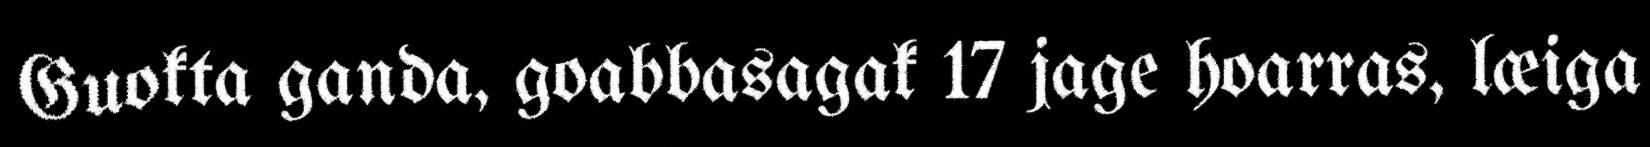
Guokta ganda, goabbasagak 17 jage hoarras, læiga